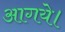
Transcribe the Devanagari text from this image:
आगये।